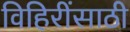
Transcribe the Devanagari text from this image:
विहिरींसाठी